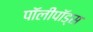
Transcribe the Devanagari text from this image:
पॉलीपॉड्स